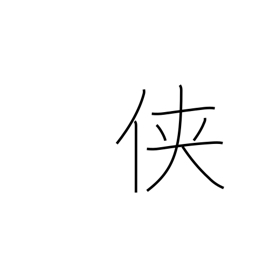
Meaning: tomboy